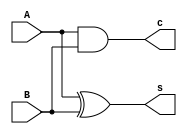
`timescale 1ns / 1ps

module a_halfAdder(A,B,s,c);
input A,B;
output s,c;
xor(s,A,B);
and(c,A,B);

endmodule